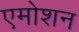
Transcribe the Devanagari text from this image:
एमोशन